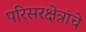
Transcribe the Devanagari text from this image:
परिसरक्षेत्रांचे